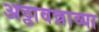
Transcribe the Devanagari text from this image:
अठ्ठावन्नाव्या